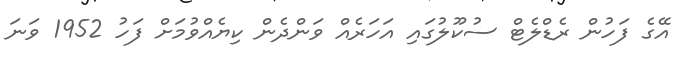
އޭގެ ފަހުން ރެޑްލެޓް ސުކޫލުގައި އަހަރެއް ވަންދެން ކިޔެއްވުމަށް ފަހު 1952 ވަނަ